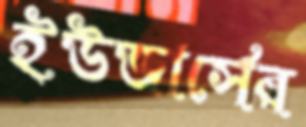
ইউজার্সের